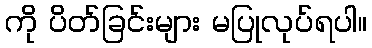
ကို ပိတ်ခြင်းများ မပြုလုပ်ရပါ။